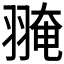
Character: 𦑎